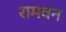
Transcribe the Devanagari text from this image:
रामवन